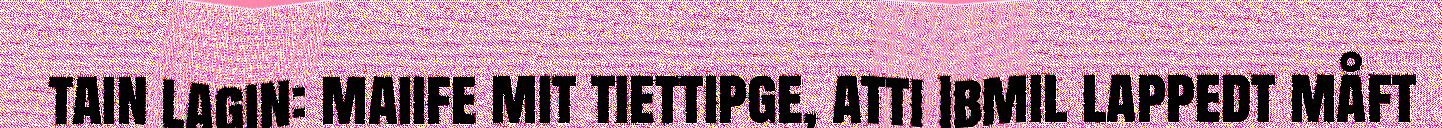
tain lagin: maiife mit tiettipge, atti Ibmil lappedt måft